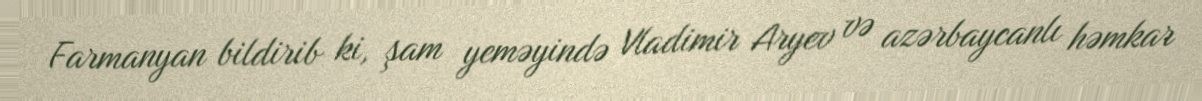
Farmanyan bildirib ki, şam yeməyində Vladimir Aryev və azərbaycanlı həmkar